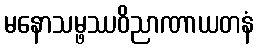
မနောသမ္ဖဿဝိညာဏာယတနံ